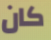
كان